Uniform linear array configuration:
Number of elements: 32
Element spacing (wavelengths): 0.5
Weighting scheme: hann
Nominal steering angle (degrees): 0
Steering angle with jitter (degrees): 1.931
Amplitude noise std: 0.05
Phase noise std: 0.05

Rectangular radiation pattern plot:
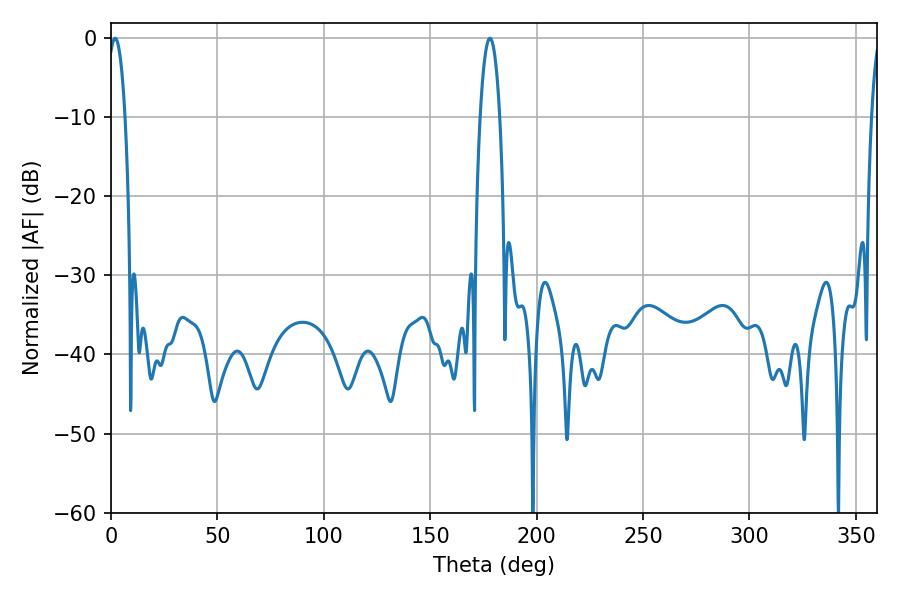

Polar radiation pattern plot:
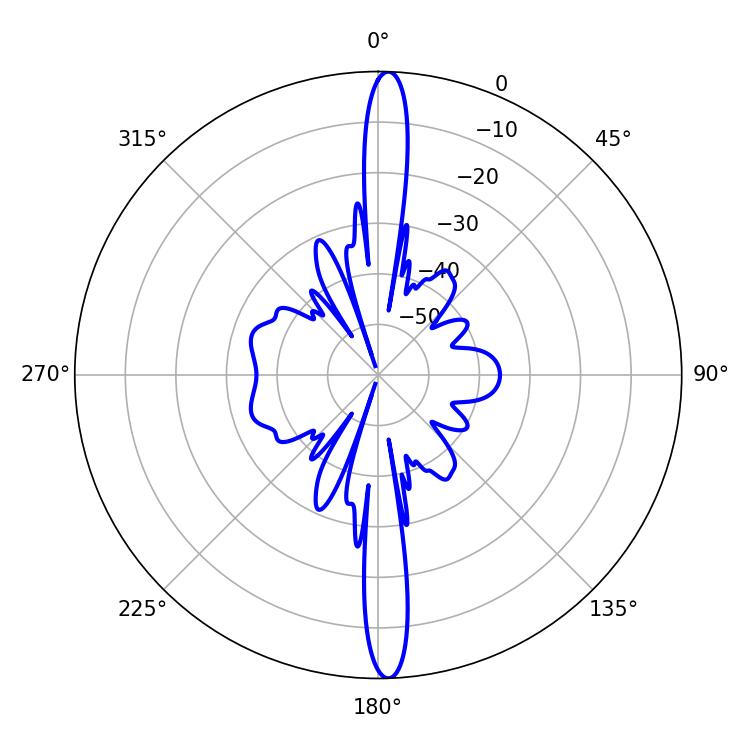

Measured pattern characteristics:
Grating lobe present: FALSE
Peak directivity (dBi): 25.018
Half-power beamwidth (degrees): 5.04
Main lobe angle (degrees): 178.02